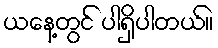
ယနေ့တွင် ပါရှိပါတယ်။